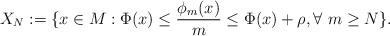
LaTeX: \begin{align*}X_{N} := \{x \in M: \Phi(x) \leq \dfrac{\phi_m(x)}{m} \leq \Phi(x) + \rho, \forall \ m \geq N\}.\end{align*}